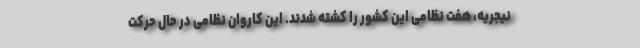
نیجریه، هفت نظامی این کشور را کشته شدند. این کاروان نظامی در حال حرکت